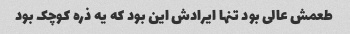
طعمش عالی بود تنها ایرادش این بود که یه ذره کوچک بود